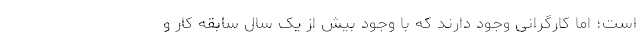
است؛ اما کارگرانی وجود دارند که با وجود بیش از یک سال سابقه کار و